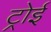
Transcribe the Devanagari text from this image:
ट्रोई